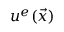
u ^ { e } ( \vec { x } )